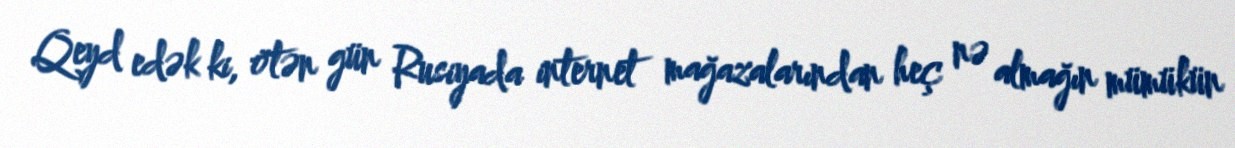
Qeyd edək ki, ötən gün Rusiyada internet mağazalarından heç nə almağın mümükün